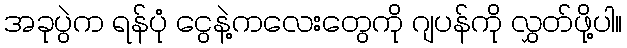
အခုပွဲက ရန်ပုံ ငွေနဲ့ကလေးတွေကို ဂျပန်ကို လွှတ်ဖို့ပါ။